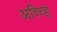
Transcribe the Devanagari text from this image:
अच्च्हि